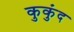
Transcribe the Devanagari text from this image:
कुकुंद